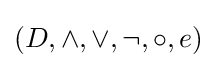
(D,\land ,\lor ,\lnot ,\circ ,e)